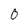
Character: 0